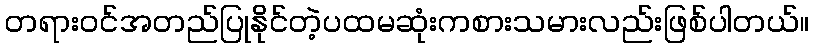
တရားဝင်အတည်ပြုနိုင်တဲ့ပထမဆုံးကစားသမားလည်းဖြစ်ပါတယ်။